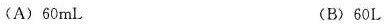
(A) 60mL (B) 60L